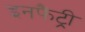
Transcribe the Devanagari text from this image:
इनफैंट्री